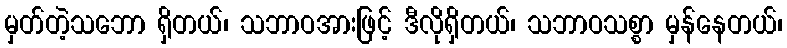
မှတ်တဲ့သဘော ရှိတယ်၊ သဘာဝအားဖြင့် ဒီလိုရှိတယ်၊ သဘာဝသစ္စာ မှန်နေတယ်၊